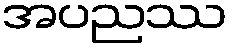
အပညဿ